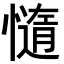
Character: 𭞻